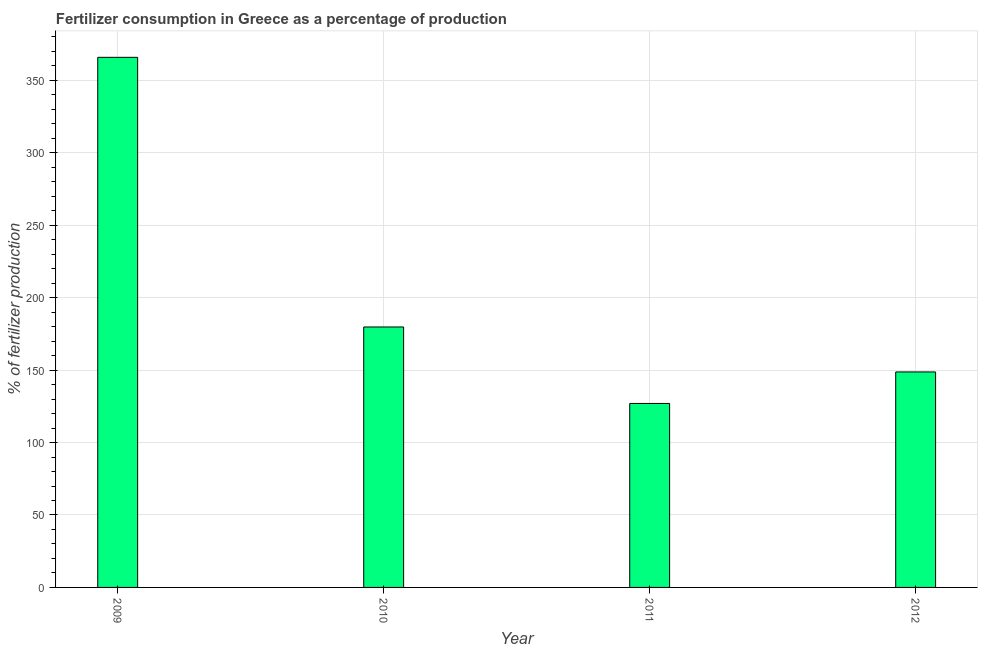
| Year | Fertilizer consumption |
 | --- | --- |
 | 2009 | 366 |
 | 2010 | 180 |
 | 2011 | 127 |
 | 2012 | 149 |